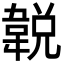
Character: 𩎰